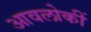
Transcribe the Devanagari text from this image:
आवलोकीं